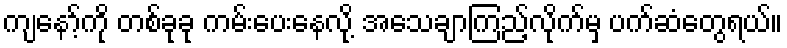
ကျနော့်ကို တစ်ခုခု ကမ်းပေးနေလို့ အသေချာကြည့်လိုက်မှ ပက်ဆံတွေရယ်။